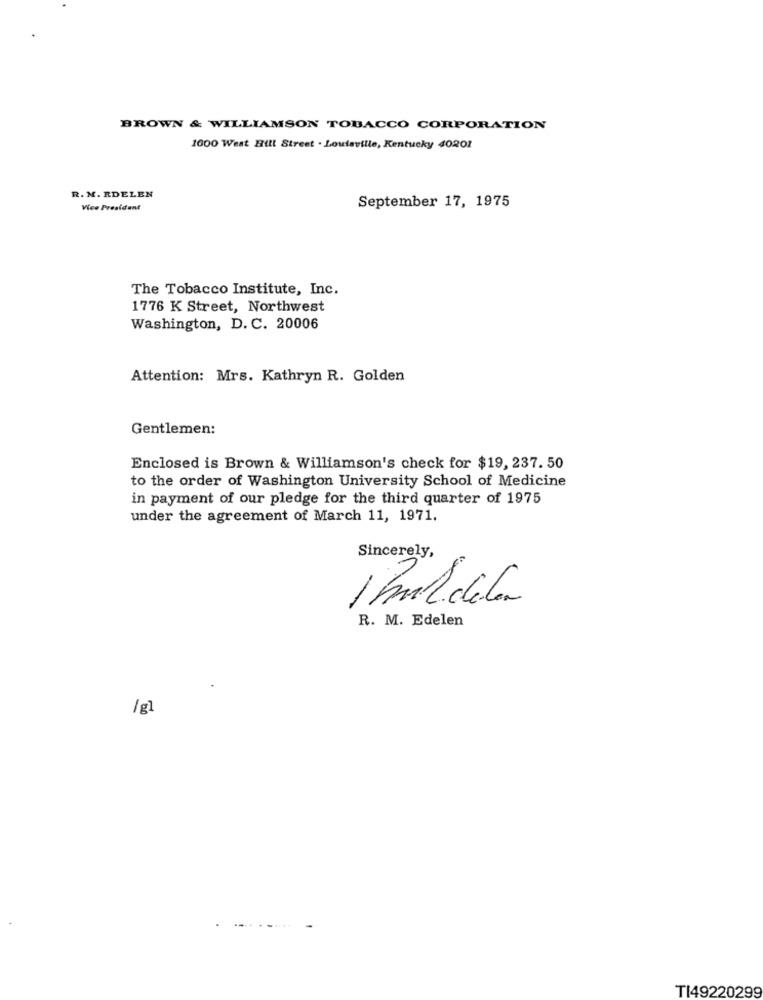
BROWN & WILLIAMSON TOBACCO CORPORATION
1600 West Hill Street . Louisville, Kentucky 40201
R. N. RDELEN
September 17, 1975
Vice President
The Tobacco Institute, Inc.
1776 K Street, Northwest
Washington, D. C. 20006
Attention: Mrs. Kathryn R. Golden
Gentlemen:
Enclosed is Brown & Williamson's check for $19, 237. 50
to the order of Washington University School of Medicine
in payment of our pledge for the third quarter of 1975
under the agreement of March 11, 1971.
Sincerely,
R. M. Edelen
/gl
.....
TI49220299